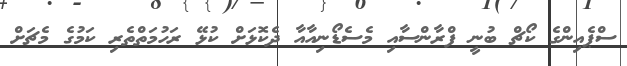
ސްޕެއިންގެ ކޯޗް ބުނީ ފްރާންސާއި މެސެޑޯނިއާއާ ދެކޮޅަށް ކުޅޭ ރަހުމަތްތެރި ކަމުގެ މެޗަށް